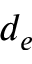
d _ { e }